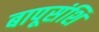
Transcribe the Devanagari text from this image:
बापूसंशि